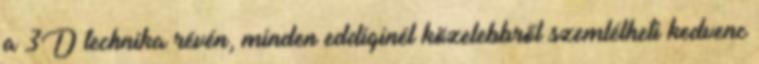
a 3D technika révén, minden eddiginél közelebbről szemlélheti kedvenc